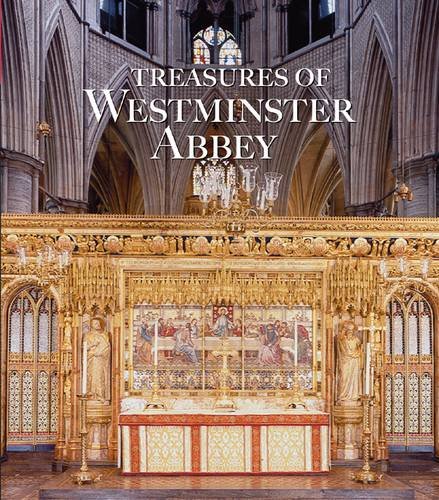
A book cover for Treasures of Westminster Abbey; Tony Trowles; Arts & Photography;